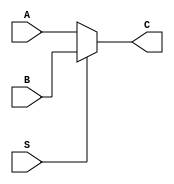
`timescale 1ns / 1ps
//////////////////////////////////////////////////////////////////////////////////
// Company: 
// Engineer: 
// 
// Design Name: 
// Module Name:    MUX2T1_8 
// Project Name: 
// Target Devices: 
// Tool versions: 
// Description: 
//
// Dependencies: 
//
// Revision: 
// Revision 0.01 - File Created
// Additional Comments: 
//
//////////////////////////////////////////////////////////////////////////////////
module MUX2T1_8(
	input [7:0]A,
	input [7:0]B,
	input S,
	output [7:0]C
    );

assign C=(S==0)?A:B;
endmodule